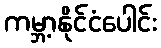
ကမ္ဘာ့နိုင်ငံပေါင်း